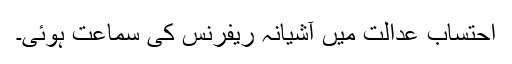
احتساب عدالت میں آشیانہ ریفرنس کی سماعت ہوئی۔